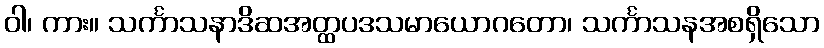
ဝါ၊ ကား။ သင်္ကာသနာဒိဆအတ္ထပဒသမာယောဂတော၊ သင်္ကာသနအစရှိသော